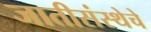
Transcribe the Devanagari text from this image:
जातीसंस्थेचे